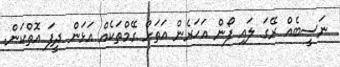
ނަސީބެއް ރޭގަ ލައި ފޯން އަހަރެން އަތަށް ގޭމްތަކެއް އަޅަން ދީފަ އޮތްކަން.